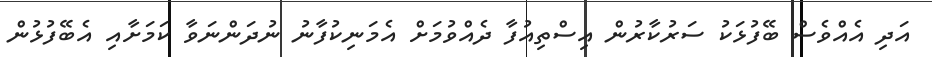
އަދި އެއްވެސް ބޭފުޅަކު ސަރުކާރުން އިސްތިއުފާ ދެއްވުމަށް އެމަނިކުފާނު ނުދަންނަވާ ކަމަށާއި އެބޭފުޅުން